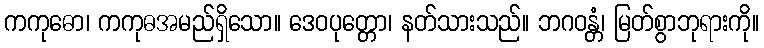
ကကုဓော၊ ကကုဓအမည်ရှိသော။ ဒေဝပုတ္တော၊ နတ်သားသည်။ ဘဂဝန္တံ၊ မြတ်စွာဘုရားကို။